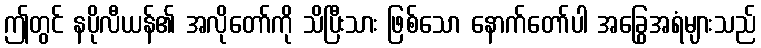
ဤတွင် နပိုလီယန်၏ အလိုတော်ကို သိပြီးသား ဖြစ်သော နောက်တော်ပါ အခြွေအရံများသည်